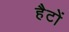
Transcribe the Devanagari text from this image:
हैटों